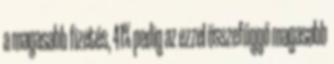
a magasabb fizetés, 41% pedig az ezzel összefüggő magasabb